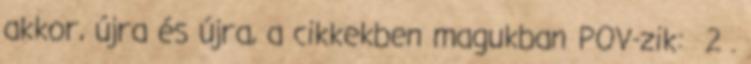
akkor, újra és újra, a cikkekben magukban POV-zik: 2 .